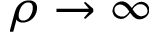
\rho \rightarrow \infty